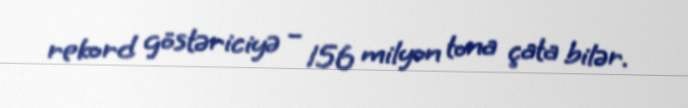
rekord göstəriciyə – 156 milyon tona çata bilər.